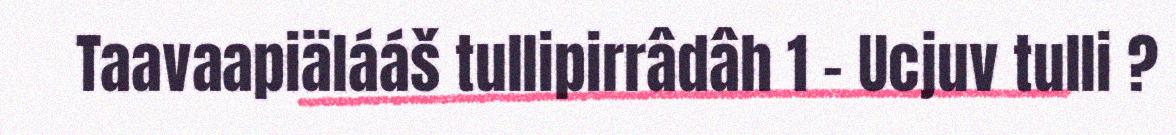
Taavaapiälááš tullipirrâdâh 1 - Ucjuv tulli ?